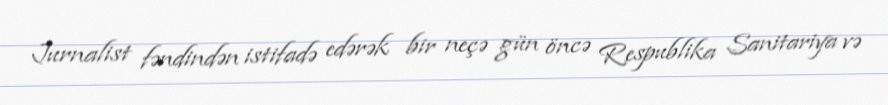
Jurnalist fəndindən istifadə edərək bir neçə gün öncə Respublika Sanitariya və